Lunatic asylums Burma 1922-24 - 1922-1924
Year: 1922
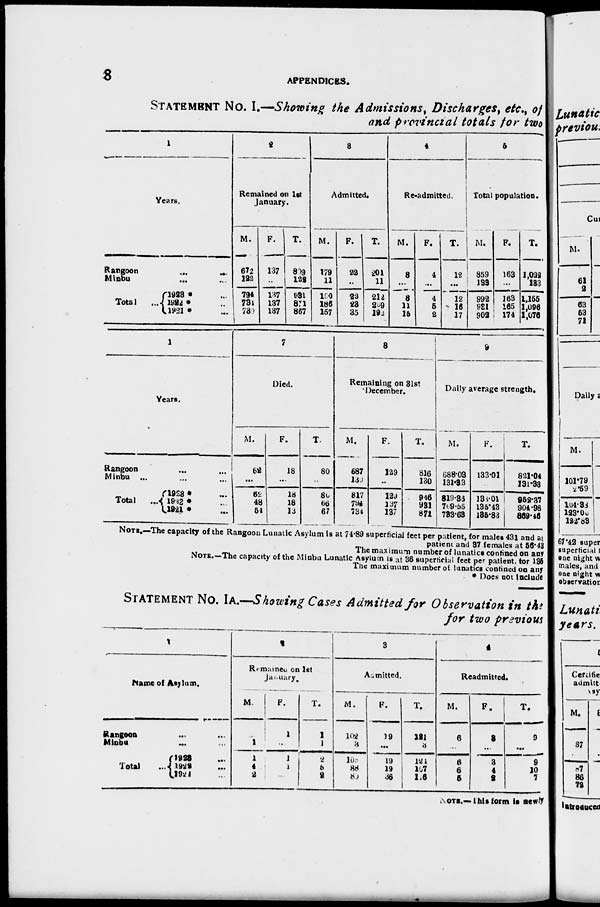
8
APPENDICES.
STATEMENT NO. I.—Showing the Admissions, Discharges, etc., of
and provincial totals for two
1
Years.
Rangoon ... ...
Minbu ... ...
Total ...
l923 * ...
1922 * ...
1921 * ...
2
Remained on 1st
January.
M.
672
122
794
734
730
F.
137
...
137
137
137
T.
809
122
931
871
867
3
Admitted.
M.
179
11
190
186
157
F.
22
...
22
23
35
T.
201
11
212
209
192
4
Re-admitted.
M.
8
...
8
11
15
F.
4
...
4
5
2
T.
12
...
12
16
17
5
Total population.
M.
859
133
992
931
902
F.
163
...
163
165
174
T.
1,022
133
1,155
1,096
1,076
1
Years.
Rangoon
...
...
Minbu ... ... ...
Total
...
1923 * ...
1922 * ...
1921 * ...
7
Died.
M.
62
...
62
48
54
F.
18
...
18
18
13
T.
80
...
80
66
67
8
Remaining on 31st
December.
M.
687
130
817
794
734
F.
129
...
129
137
137
T.
816
130
946
931
871
9
Daily average strength.
M.
688.03
131.33
819.38
769.55
783.68
F.
133.01
...
138.04
135.43
135.83
T.
821.04
131.33
952.37
904.98
859.46
NOTE.—The capacity of the Rangoon Lunatic Asylum is at 74.89 superficial feet per patient, for males 431 and at
patient and 37 females at 56.43
The maximum number of lunatics confined on any
NOTE.—The capacity of the Minbu Lunatic Asylum is at 36 superficial feet per patient, tor 135
The maximum number of lunatics confined on any
* Does not include
STATEMENT NO. IA.—Showing Cases Admitted for Observation in the
for two previous
1
Name of Asylum.
Rangoon ... ...
Minbu ... ...
Total
...
1923 ...
1922 ...
1921 ...
2
Remained on 1st
January.
M.
...
1
1
4
2
F.
1
...
1
1
...
T.
1
1
2
5
2
3
Admitted.
M.
102
3
105
88
80
F.
19
...
19
19
36
T.
121
3
124
107
116
4
Readmitted.
M.
6
...
6
6
5
F.
3
...
3
4
2
T.
9
...
9
10
7
NOTE.—This form it newly